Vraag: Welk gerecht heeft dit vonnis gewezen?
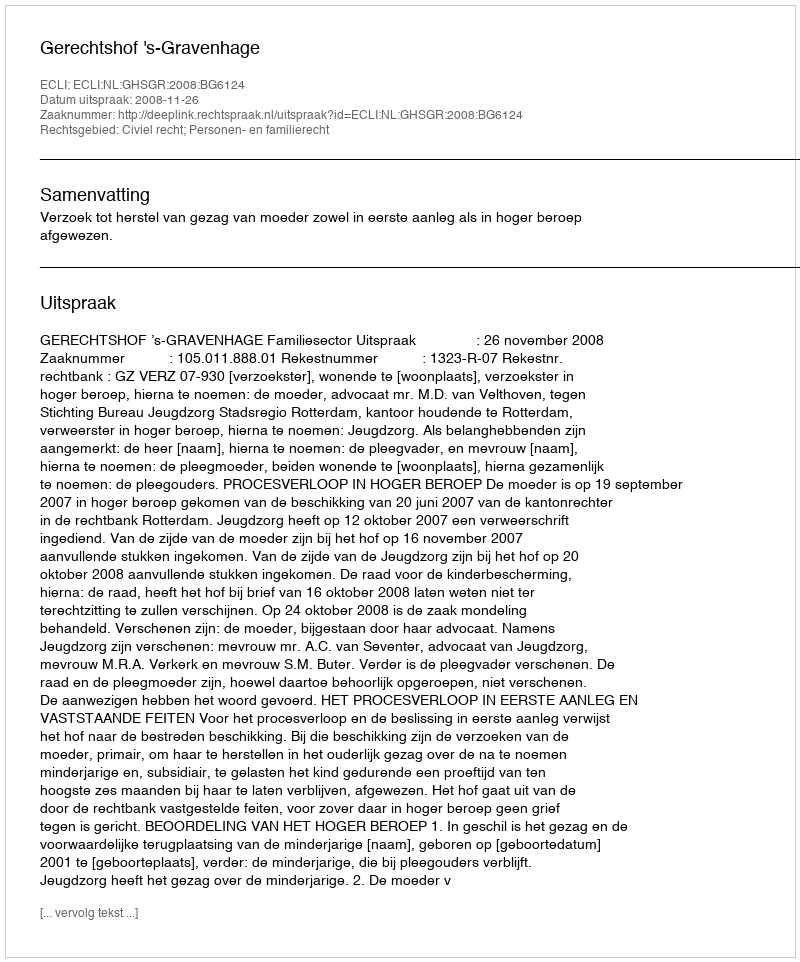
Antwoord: Gerechtshof 's-Gravenhage